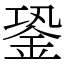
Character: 銎